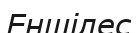
Еншілес